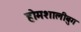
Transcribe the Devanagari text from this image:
होमशालीबुग